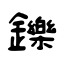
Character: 鑠